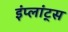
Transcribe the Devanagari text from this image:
इंप्लांट्स